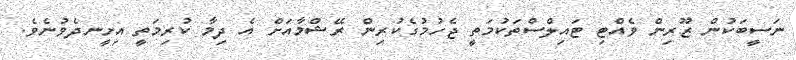
ނަސީބަކުން ޒޫރިން ވެއްޓި ޓައިލްސްތަކުމަތީ ޖެހުމުގެކުރިން ރޭޝްމާއަށް އެ ދިމާ ކުރިމަތީ އިށީނދެވުނެވެ.